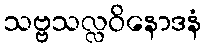
သဗ္ဗသလ္လဝိနောဒနံ